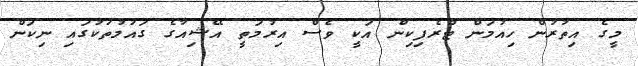
މީގެ އިތުރުން ހިއުމަން ޓްރެފިކިން އަކީ ވެސް އިރުމަތީ އޭޝިއާގެ ގައުމުތަކުގައި ނިކަން